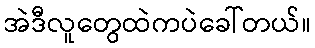
အဲဒီလူတွေထဲကပဲခေါ်တယ်။